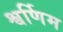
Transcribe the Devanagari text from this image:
श्वर्णिम